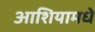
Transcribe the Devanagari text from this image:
आशियामधे